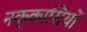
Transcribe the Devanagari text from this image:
नक्‍कासियों